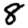
Digit: 8